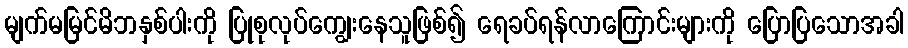
မျက်မမြင်မိဘနှစ်ပါးကို ပြုစုလုပ်ကျွေးနေသူဖြစ်၍ ရေခပ်ရန်လာကြောင်းများကို ပြောပြသောအခါ